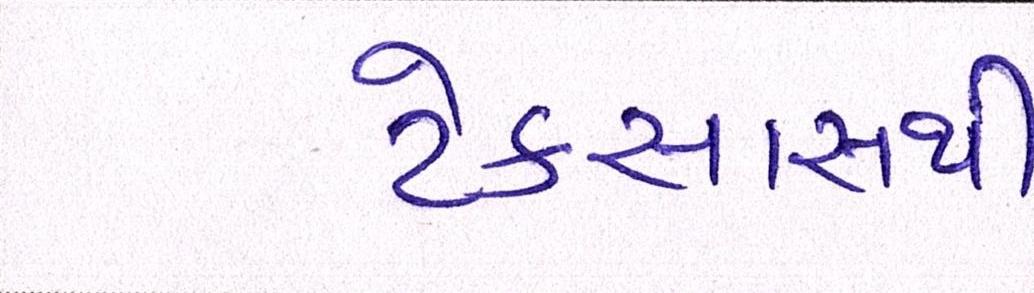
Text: ટેક્સાસથી